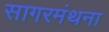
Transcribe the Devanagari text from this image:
सागरमंथना